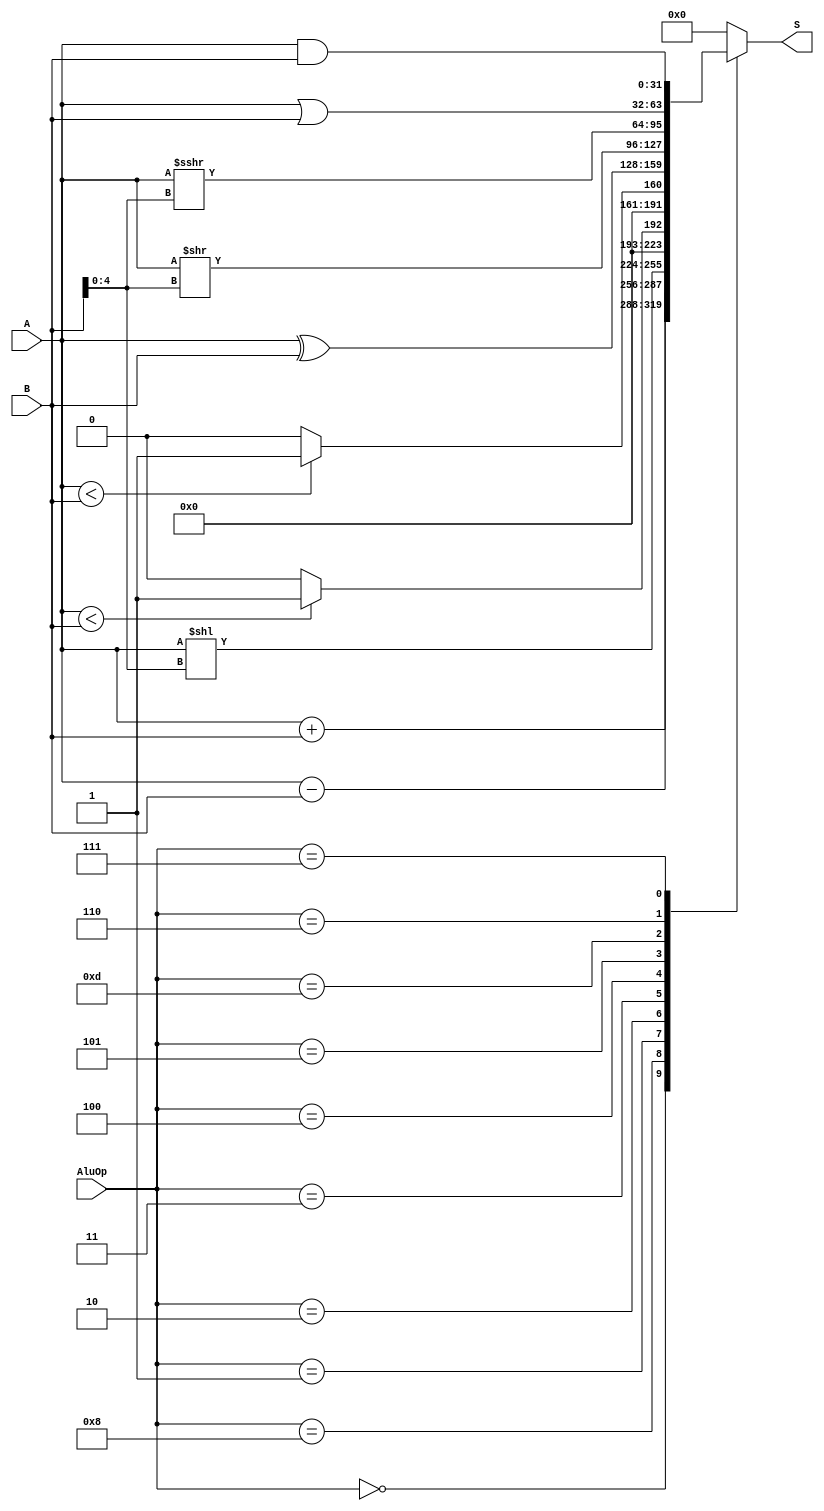
module ALU(A, B, AluOp, S);
  input [31:0] A, B;
  input [3:0] AluOp;
  output reg [31:0] S;

  always @* begin
    case (AluOp)
      4'b0000: S = A + B;
      4'b1000: S = A - B;
      4'b0001: S = A << B[4:0];
      4'b0010: S = ($signed(A) < $signed(B)) ? 1 : 0;
      4'b0011: S = (A < B) ? 1 : 0;
      4'b0100: S = A ^ B;
      4'b0101: S = A >> B[4:0];
      4'b1101: S = $signed(A) >>> B[4:0];
      4'b0110: S = A | B;
      4'b0111: S = A & B;
      default: S = 4'b0; 
    endcase
  end
endmodule